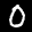
Label: 0